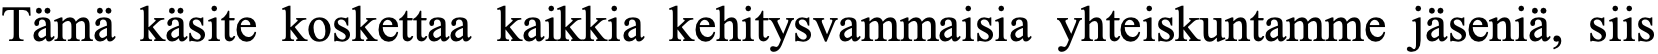
Tämä käsite koskettaa kaikkia kehitysvammaisia yhteiskuntamme jäseniä, siis